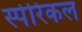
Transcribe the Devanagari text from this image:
स्पेरिकल